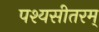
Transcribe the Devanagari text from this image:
पश्यसीतरम्